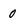
Character: 0